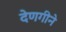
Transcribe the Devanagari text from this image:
देणगीने